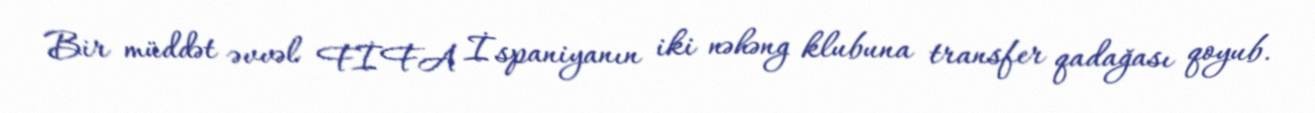
Bir müddət əvvəl FİFA İspaniyanın iki nəhəng klubuna transfer qadağası qoyub.